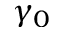
\gamma _ { 0 }